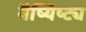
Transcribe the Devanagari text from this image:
वैष्यिष्ट्य